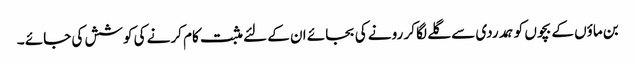
بن ماؤں کے بچوں کو ہمدردی سے گلے لگا کر رونے کی بجائے ان کے لئے مثبت کام کرنے کی کوشش کی جائے ۔